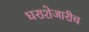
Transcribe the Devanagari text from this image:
घराशेजारीच